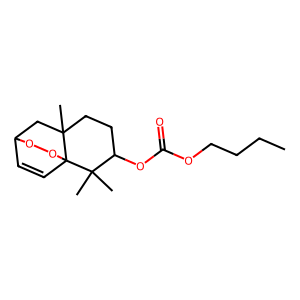
SMILES: CCCCOC(=O)OC1CCC2(C)CC3C=CC2(OO3)C1(C)C
Inhibits HIV replication: No